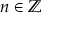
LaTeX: n \in \mathbb { Z }